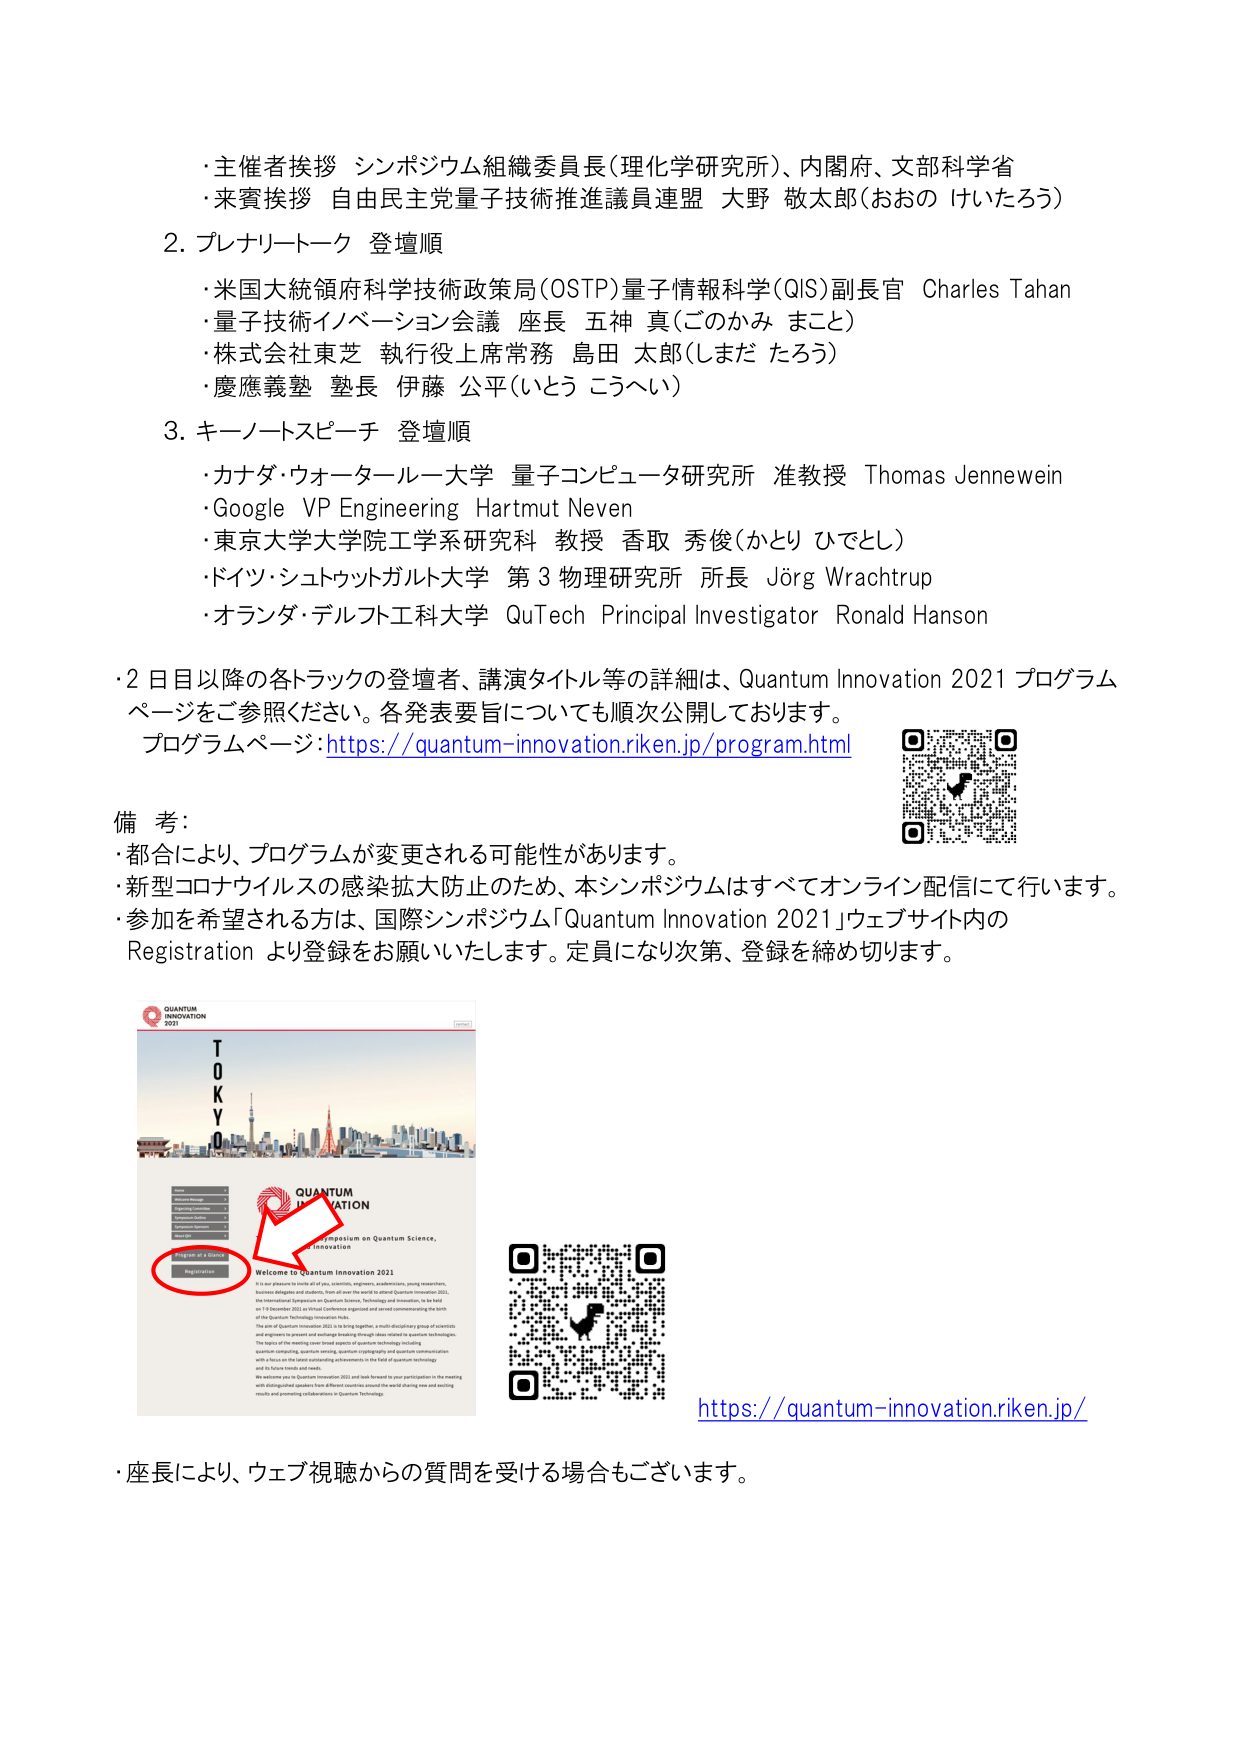
・主催者挨拶 シンポジウム組織委員長（理化学研究所）、内閣府、文部科学省
・来賓挨拶 自由民主党量子技術推進議員連盟 大野 敬太郎（おおの けいたろう）

2. プレナリートーク 登壇順
・米国大統領府科学技術政策局（OSTP）量子情報科学（QIS）副長官 Charles Tahan
・量子技術イノベーション会議 座長 五神 真（ごのかみ まこと）
・株式会社東芝 執行役上席常務 島田 太郎（しまだ たろう）
・慶應義塾 塾長 伊藤 公平（いとう こうへい）

3. キーノートスピーチ 登壇順
・カナダ・ウォータールー大学 量子コンピュータ研究所 准教授 Thomas Jennewein
・Google VP Engineering Hartmut Neven
・東京大学大学院工学系研究科 教授 香取 秀俊（かとり ひでとし）
・ドイツ・シュトゥットガルト大学 第3物理研究所 所長 Jörg Wrachtrup
・オランダ・デルフト工科大学 QuTech Principal Investigator Ronald Hanson

・2日目以降の各トラックの登壇者、講演タイトル等の詳細は、Quantum Innovation 2021 プログラムページをご参照ください。各発表要旨についても順次公開しております。
プログラムページ：https://quantum-innovation.riken.jp/program.html

備考：
・都合により、プログラムが変更される可能性があります。
・新型コロナウイルスの感染拡大防止のため、本シンポジウムはすべてオンライン配信にて行います。
・参加を希望される方は、国際シンポジウム「Quantum Innovation 2021」ウェブサイト内のRegistration より登録をお願いいたします。定員になり次第、登録を締め切ります。

QUANTUM INNOVATION 2021
TOKYO
Symposium on Quantum Science, Technology and Innovation
Welcome to Quantum Innovation 2021
It is our pleasure to invite all of you, scientists, engineers, academicians, young researchers, business delegates and students, from all over the world to attend Quantum Innovation 2021, the International Symposium on Quantum Science, Technology and Innovation, to be held on 13 December 2021 in Virtual Conference. Organized and aimed at commemorating the birth of the Quantum Technology Innovation Hub.
The aim of Quantum Innovation 2021 is to bring together a multi-disciplinary group of scientists and engineers to present and exchange leading-edge ideas related to quantum technologies. The topics of the meeting cover broad aspects of quantum technology including quantum computing, quantum sensing, quantum cryptography and quantum communication with a focus on the latest outstanding achievements in the field of quantum technology and its future trends and needs.
We welcome you to Quantum Innovation 2021 and look forward to your participation in the meeting with distinguished speakers from different countries around the world sharing new and exciting results and promoting collaborations in Quantum Technology.
Registration
Program at a Glance

https://quantum-innovation.riken.jp/

・座長により、ウェブ視聴からの質問を受ける場合もございます。